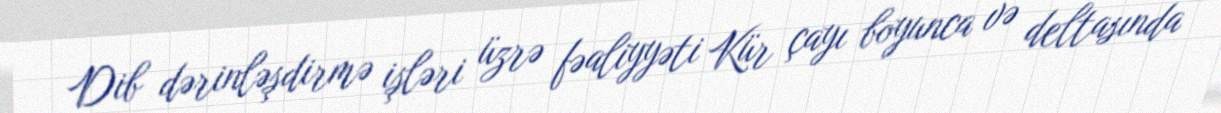
Dib dərinləşdirmə işləri üzrə fəaliyyəti Kür çayı boyunca və deltasında